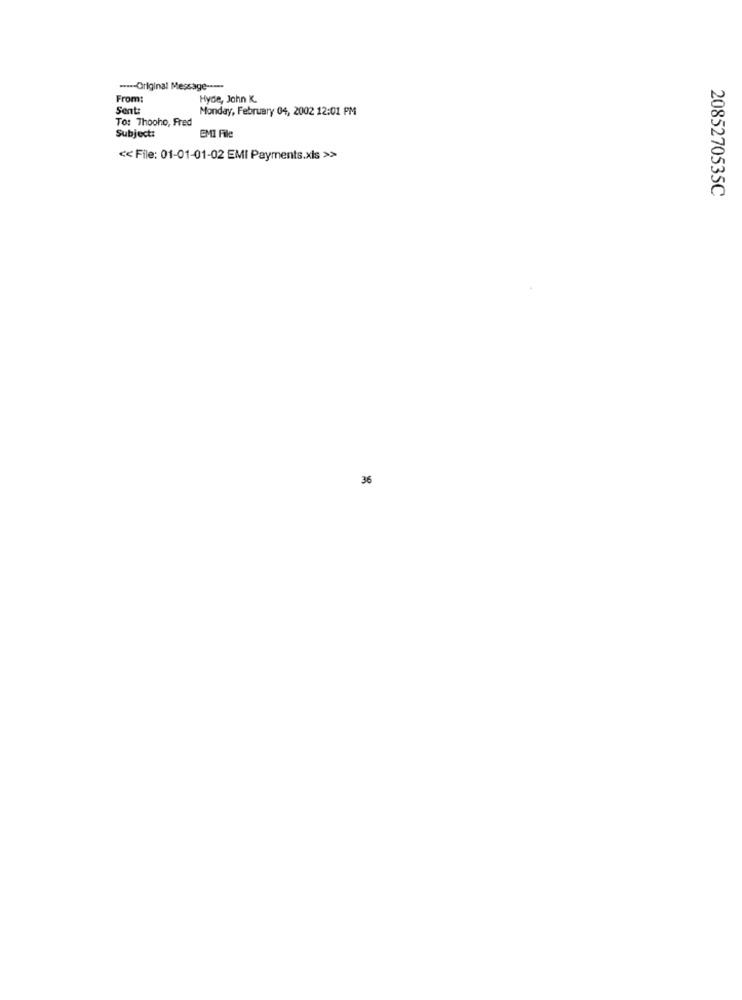
---- Original Message ----
From:
Hyde, John K.
Sent:
Monday, February 04, 2002 12:01 PM
To: Thooho, Fred
EMI File
Subject:
<< File: 01-01-01-02 EMI Payments.xls >>
2085270535C
36